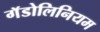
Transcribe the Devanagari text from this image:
गॅडोलिनियम